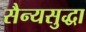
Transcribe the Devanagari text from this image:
सैन्यसुद्धा